Plague in India, 1896, 1897 - Volume 2
Year: 1896
Disease focus: Plague
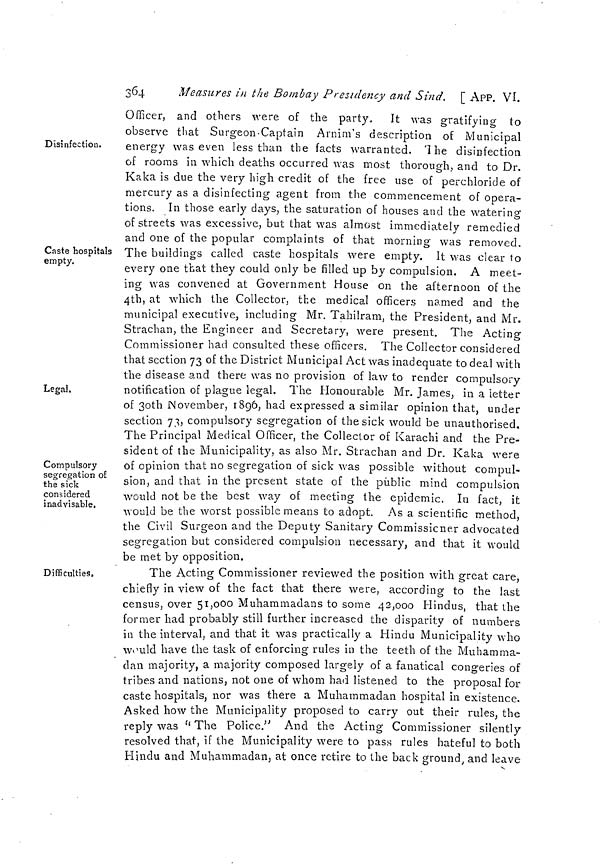
364
Measures in the Bombay Presidency and Sind. [ APP. VI.
Disinfection.
Caste hospitals
empty.
Legal.
Compulsory
segregation of
the sick
considered
inadvisable,
Officer, and others were of the party. It was gratifying to
observe that Surgeon-Captain Arnim's description of Municipal
energy was even less than the facts warranted. The disinfection
of rooms in which deaths occurred was most thorough, and to Dr.
Kaka is due the very high credit of the free use of perchloride of
mercury as a disinfecting agent from the commencement of opera-
tions. In those early days, the saturation of houses and the watering
of streets was excessive, but that was almost immediately remedied
and one of the popular complaints of that morning was removed.
The buildings called caste hospitals were empty. It was clear to
every one that they could only be filled up by compulsion. A meet-
ing was convened at Government House on the afternoon of the
4th, at which the Collector, the medical officers named and the
municipal executive, including Mr. Tahilram, the President, and Mr.
Strachan, the Engineer and Secretary, were present. The Acting
Commissioner had consulted these officers. The Collector considered
that section 73 of the District Municipal Act was inadequate to deal with
the disease and there was no provision of law to render compulsory
notification of plague legal. The Honourable Mr. James, in a letter
of 30th November, 1896, had expressed a similar opinion that, under
section 73, compulsory segregation of the sick would be unauthorised.
The Principal Medical Officer, the Collector of Karachi and the Pre-
sident of the Municipality, as also Mr. Strachan and Dr. Kaka were
of opinion that no segregation of sick was possible without compul-
sion, and that in the present state of the public mind compulsion
would not be the best way of meeting the epidemic. In fact, it
would be the worst possible means to adopt. As a scientific method,
the Civil Surgeon and the Deputy Sanitary Commissioner advocated
segregation but considered compulsion necessary, and that it would
be met by opposition.
Difficulties,
The Acting Commissioner reviewed the position with great care,
chiefly in view of the fact that there were, according to the last
census over 51,000 Muhammadans to some 42,000 Hindus, that the
former had probably still further increased the disparity of numbers
in the interval, and that it was practically a Hindu Municipality who
would have the task of enforcing rules in the teeth of the Muhamma-
dan majority, a majority composed largely of a fanatical congeries of
tribes and nations, not one of whom had listened to the proposal for
caste hospitals, nor was there a Muhammadan hospital in existence.
Asked how the Municipality proposed to carry out their rules, the
reply was "The Police." And the Acting Commissioner silently
resolved that, if the Municipality were to pass rules hateful to both
Hindu and Muhammadan, at once retire to the back ground, and leave